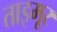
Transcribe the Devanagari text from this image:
ताइमूर